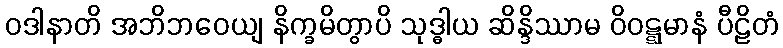
ဝဒါနာတိ အဘိဘဝေယျ နိက္ခမိတွာပိ သုဒ္ဓါယ ဆိန္ဒိဿာမ ဝိဝဋ္ဋမာနံ ပီဠိတံ